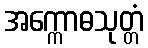
အက္ကောဓသုတ္တံ